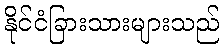
နိုင်ငံခြားသားများသည်